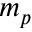
m _ { p }